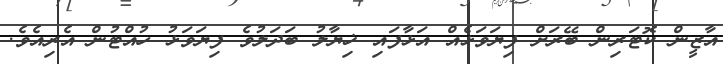
އާޒީން ކޮޓަރިން ބޭރަށް ފިޔަވަޅެއް އަޅާފައި ޚިޔާލު ބަދަލުވެ ފިޔަވަޅު ހުއްޓުން އެރިއެވެ.